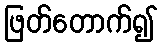
ဖြတ်တောက်၍